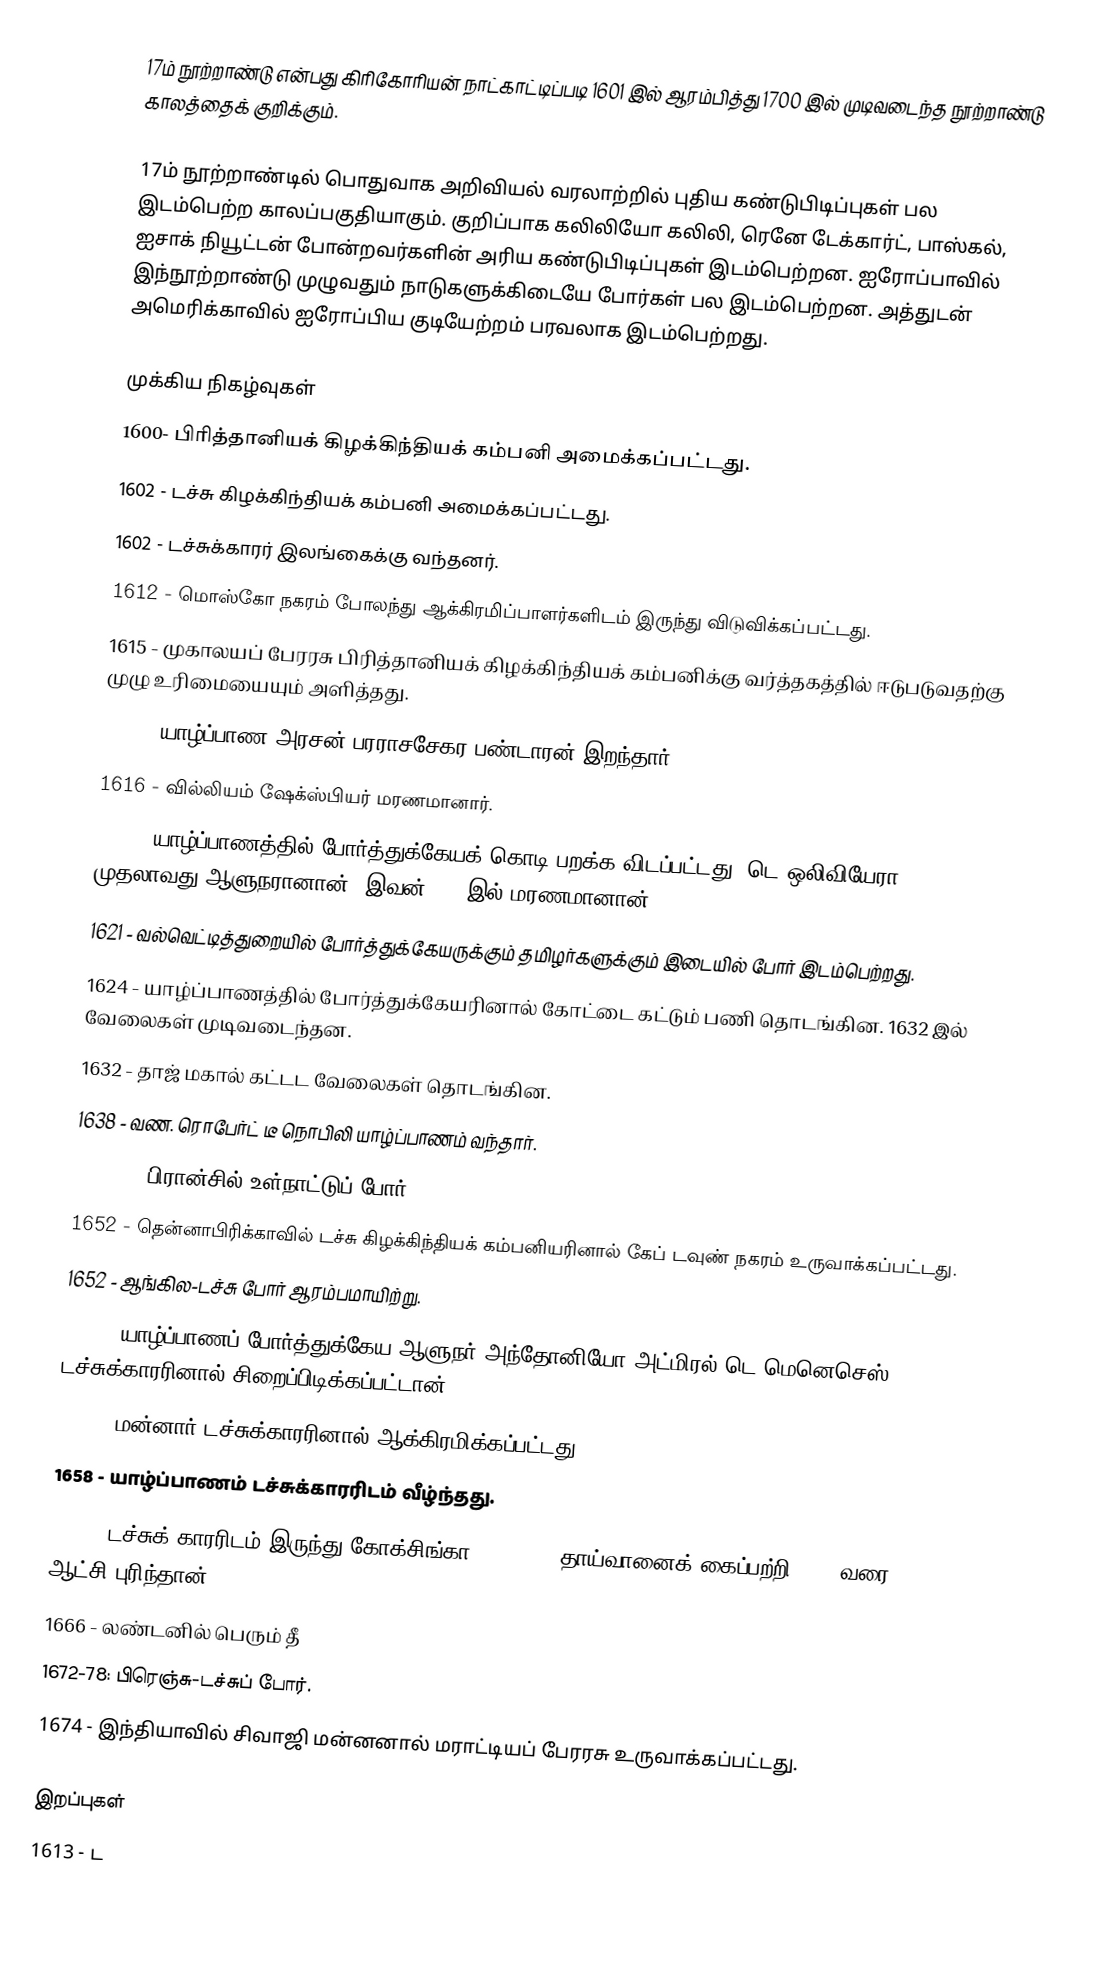
17ம் நூற்றாண்டு என்பது கிரிகோரியன் நாட்காட்டிப்படி 1601 இல் ஆரம்பித்து 1700 இல் முடிவடைந்த நூற்றாண்டு காலத்தைக் குறிக்கும்.

17ம் நூற்றாண்டில் பொதுவாக அறிவியல் வரலாற்றில் புதிய கண்டுபிடிப்புகள் பல இடம்பெற்ற காலப்பகுதியாகும். குறிப்பாக கலிலியோ கலிலி, ரெனே டேக்கார்ட், பாஸ்கல், ஐசாக் நியூட்டன் போன்றவர்களின் அரிய கண்டுபிடிப்புகள் இடம்பெற்றன. ஐரோப்பாவில் இந்நூற்றாண்டு முழுவதும் நாடுகளுக்கிடையே போர்கள் பல இடம்பெற்றன. அத்துடன் அமெரிக்காவில் ஐரோப்பிய குடியேற்றம் பரவலாக இடம்பெற்றது.

முக்கிய நிகழ்வுகள்
 1600- பிரித்தானியக் கிழக்கிந்தியக் கம்பனி அமைக்கப்பட்டது.
 1602 - டச்சு கிழக்கிந்தியக் கம்பனி அமைக்கப்பட்டது.
 1602 - டச்சுக்காரர் இலங்கைக்கு வந்தனர்.
 1612 - மொஸ்கோ நகரம் போலந்து ஆக்கிரமிப்பாளர்களிடம் இருந்து விடுவிக்கப்பட்டது.
 1615 - முகாலயப் பேரரசு பிரித்தானியக் கிழக்கிந்தியக் கம்பனிக்கு வர்த்தகத்தில் ஈடுபடுவதற்கு முழு உரிமையையும் அளித்தது.
 1615 - யாழ்ப்பாண அரசன் பரராசசேகர பண்டாரன் இறந்தார்.
 1616 - வில்லியம் ஷேக்ஸ்பியர் மரணமானார்.
 1617 - யாழ்ப்பாணத்தில் போர்த்துக்கேயக் கொடி பறக்க விடப்பட்டது. டெ ஒலிவியேரா முதலாவது ஆளுநரானான். இவன் 1627இல் மரணமானான்.
 1621 - வல்வெட்டித்துறையில் போர்த்துக்கேயருக்கும் தமிழர்களுக்கும் இடையில் போர் இடம்பெற்றது.
 1624 - யாழ்ப்பாணத்தில் போர்த்துக்கேயரினால் கோட்டை கட்டும் பணி தொடங்கின. 1632 இல் வேலைகள் முடிவடைந்தன.
 1632 - தாஜ் மகால் கட்டட வேலைகள் தொடங்கின.
 1638 - வண. ரொபேர்ட் டீ நொபிலி யாழ்ப்பாணம் வந்தார்.
 1648-53: பிரான்சில் உள்நாட்டுப் போர்.
 1652 - தென்னாபிரிக்காவில் டச்சு கிழக்கிந்தியக் கம்பனியரினால் கேப் டவுண் நகரம் உருவாக்கப்பட்டது.
 1652 - ஆங்கில-டச்சு போர் ஆரம்பமாயிற்று.
 1655 - யாழ்ப்பாணப் போர்த்துக்கேய ஆளுநர் அந்தோனியோ அட்மிரல் டெ மெனெசெஸ் டச்சுக்காரரினால் சிறைப்பிடிக்கப்பட்டான்.
 1658 - மன்னார் டச்சுக்காரரினால் ஆக்கிரமிக்கப்பட்டது.
 1658 - யாழ்ப்பாணம் டச்சுக்காரரிடம் வீழ்ந்தது.
 1662 - டச்சுக் காரரிடம் இருந்து கோக்சிங்கா (Koxinga) தாய்வானைக் கைப்பற்றி 1683 வரை ஆட்சி புரிந்தான்.
 1666 - லண்டனில் பெரும் தீ
 1672-78: பிரெஞ்சு-டச்சுப் போர்.
 1674 - இந்தியாவில் சிவாஜி மன்னனால் மராட்டியப் பேரரசு உருவாக்கப்பட்டது.

இறப்புகள்
 1613 - ட